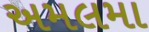
અમલમા